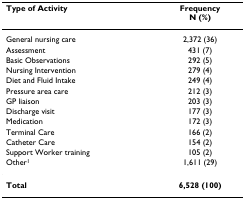
| Type of Activity | FrequencyN (%) |
 | --- | --- |
 | General nursing care | 2,372 (36) |
 | Assessment | 431 (7) |
 | Basic Observations | 292 (5) |
 | Nursing Intervention | 279 (4) |
 | Diet and Fluid Intake | 249 (4) |
 | Pressure area care | 212 (3) |
 | GP liaison | 203 (3) |
 | Discharge visit | 177 (3) |
 | Medication | 172 (3) |
 | Terminal Care | 166 (2) |
 | Catheter Care | 154 (2) |
 | Support Worker training | 105 (2) |
 | Other1 | 1,611 (29) |
 | Total | 6,528 (100) |